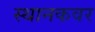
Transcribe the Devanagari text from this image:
स्थानकवर